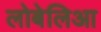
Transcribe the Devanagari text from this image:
लोबेलिआ